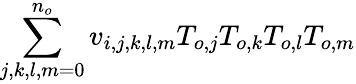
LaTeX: \sum_{j,k,l,m=0}^{n_{o}}v_{i,j,k,l,m}T_{o,j}T_{o,k}T_{o,l}T_{o,m}